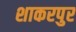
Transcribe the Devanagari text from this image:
शाकरपुर